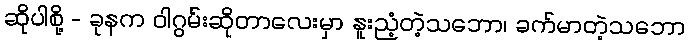
ဆိုပါစို့ - ခုနက ဝါဂွမ်းဆိုတာလေးမှာ နူးညံ့တဲ့သဘော၊ ခက်မာတဲ့သဘော